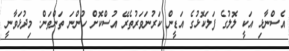
އެސްނާޅި އަކީ ލޮލުގެ ފަލަކޮޅުގެ އަޑީން ކަރުނަވަރުތެރޭ އުސްކޮށް ހުންނަ ތަންތަން. މިދުޅަވާނީ